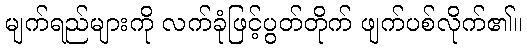
မျက်ရည်များကို လက်ခုံဖြင့်ပွတ်တိုက် ဖျက်ပစ်လိုက်၏။